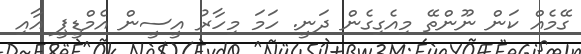
ގޭމެއް ކަން ނޫންތޭ މިއެގިގެން ދަނީ. ހަމަ މިހާރު އީސީން އެމްޑީޕީ އާއި